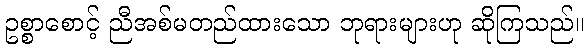
ဥစ္စာစောင့် ညီအစ်မတည်ထားသော ဘုရားများဟု ဆိုကြသည်။